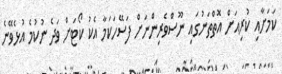
ކަމަށާއި ކުރިއަށް އޮތްތަނުގައި ނޫސްވެރިންނަށް ފަސޭހަކަމާ އެކު ކޯޓަށް ވަދެ ނުކުމެ އުޅެވޭނެ